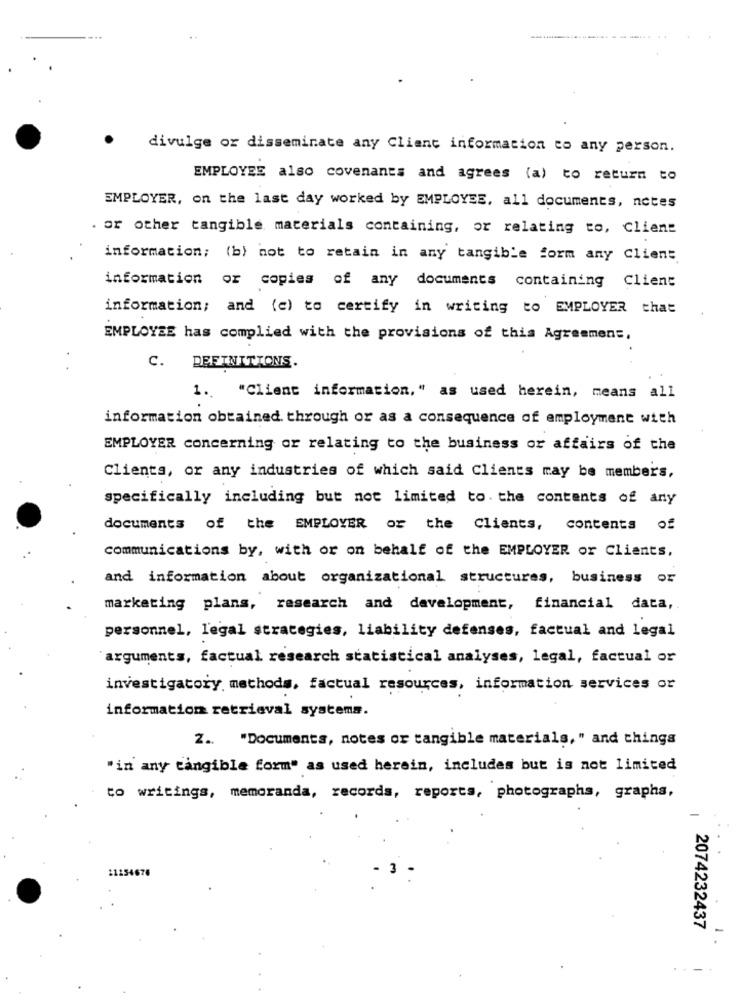
divulge or disseminate any Client information to any person.
EMPLOYEE also covenants and agrees (a) to return to
EMPLOYER, on the last day worked by EMPLOYEE, all documents, notes
. or other tangible materials containing, or relating to, Client
information; (b) not to retain in any tangible form any Client
information or copies of any documents containing Client
information; and (c) to certify in writing to EMPLOYER that
EMPLOYEE has complied with the provisions of this Agreement,
C. DEFINITIONS.
. .
1. "Client information," as used herein, means all
information obtained through or as a consequence of employment with
EMPLOYER concerning or relating to the business or affairs of the
Clients, or any industries of which said Clients may be members,
specifically including but not limited to. the contents of any
documents of the EMPLOYER or the Clients, contents of
communications by, with or on behalf of the EMPLOYER or Clients,
and information about organizational structures, business or
marketing plans, research and development, financial data,
personnel, legal strategies, liability defenses, factual and legal
"arguments, factual research statistical analyses, legal, factual or
investigatory methods, factual resources, information services or
information retrieval systems.
Z .. "Documents, notes or tangible materials, " and things
"in any tangible form" as used herein, includes but is not limited
to writings, memoranda, records, reports, photographs, graphs,
21254676
2074232437